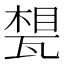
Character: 𤭪